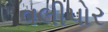
વલીપોર